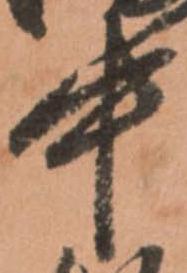
中